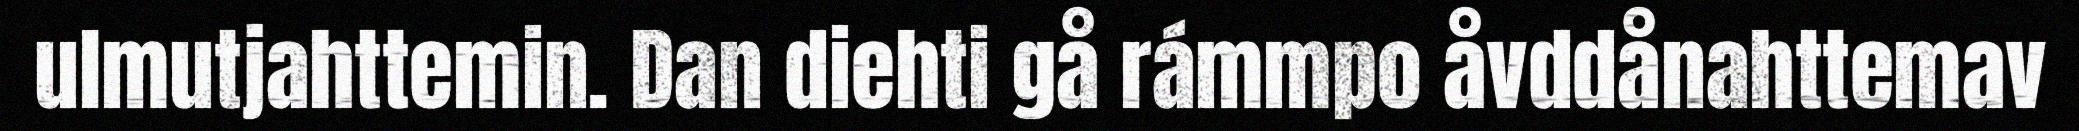
ulmutjahttemin. Dan diehti gå rámmpo åvddånahttemav